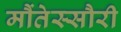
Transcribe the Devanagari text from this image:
मौंतेस्सौरी